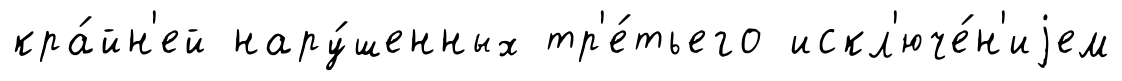
кра́йн'ей нару́шенных тр'е́тьего искл'юче́н'иjем